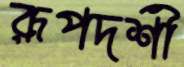
রূপদর্শী